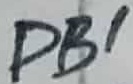
Text: DB1